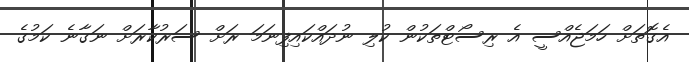
އެގޮތަށް ހަމަޖެއްސީ އެ ރިސޯޓްތަކުން ކުލި ނުދައްކައިފިނަމަ ރަށް ސަރުކާރަށް ނަގާނެ ކަމުގެ